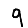
Digit: 9